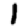
Digit: 1